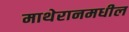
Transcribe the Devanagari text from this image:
माथेरानमधील